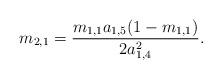
LaTeX: \begin{align*} m_{2,1}=\frac{m_{1,1}a_{1,5}(1-m_{1,1})}{2a_{1,4}^2}.\end{align*}